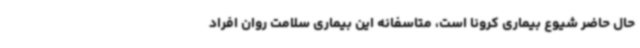
حال حاضر شیوع بیماری کرونا است، متاسفانه این بیماری سلامت روان افراد